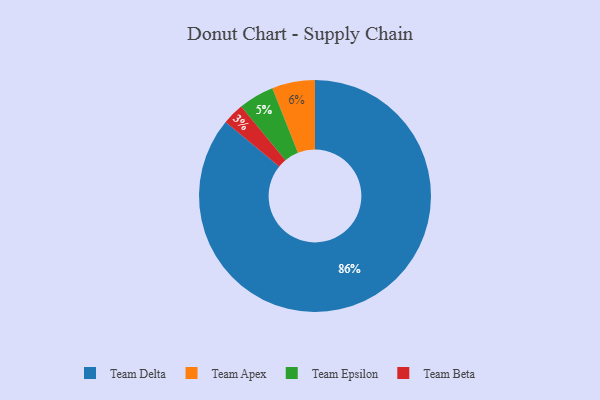
{"axis": {"x": "Category", "y": "Percentage"}, "legend": ["Team Apex", "Team Beta", "Team Delta", "Team Epsilon"], "data": [{"x": "Team Delta", "y": 86, "type": "Team Delta"}, {"x": "Team Beta", "y": 3, "type": "Team Beta"}, {"x": "Team Apex", "y": 6, "type": "Team Apex"}, {"x": "Team Epsilon", "y": 5, "type": "Team Epsilon"}]}